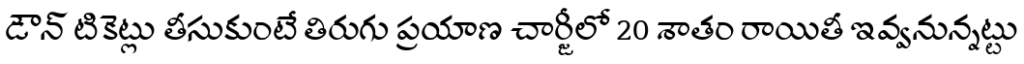
డౌన్ టికెట్లు తీసుకుంటే తిరుగు ప్రయాణ చార్జీలో 20 శాతం రాయితీ ఇవ్వనున్నట్టు